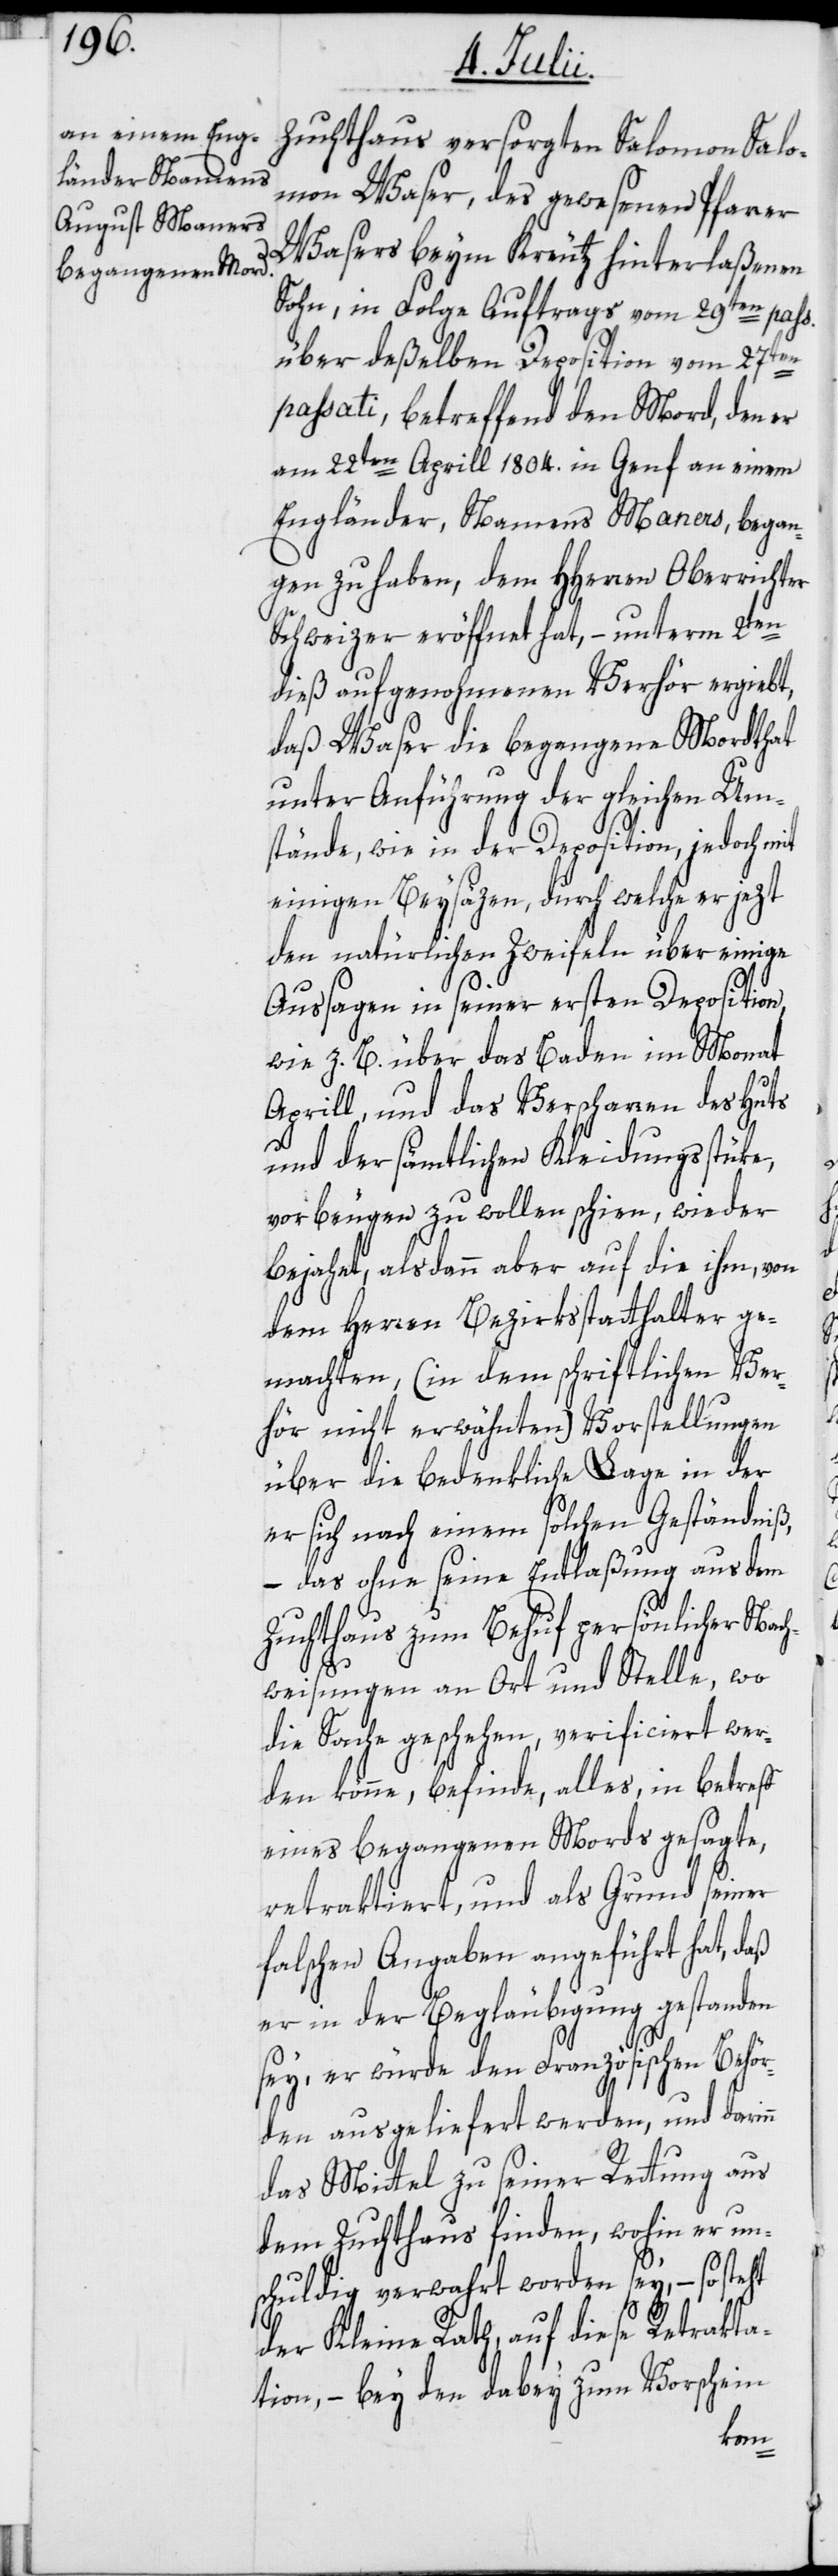
Zuchthaus versorgten Salomon Salo¬
Waser, des gewesenen Pfarrer
Wasers beym Kreutz hinterlaßenen
Sohn, in Folge Auftrags vom 29ten pass.
über deßelben Deposition vom 27ten
passati, betreffend den Mord, den er
am 22ten Aprill 1804. in Genf an einem
Engländer, Namens Maners, began¬
gen zu haben, dem HHerren Oberrichter
Schweizer eröffnet hat, – unterm 2ten
dieß aufgenohmenen Verhör ergiebt,
daß Waser die begangene Mordthat
unter Anführung der gleichen Um¬
stände, wie in der Deposition, jedoch mit
einigen Beysäzen, durch welche er jezt
den natürlichen Zweifeln über einige
Aussagen in seiner ersten Deposition,
wie z. B. über das Baden im Monat
Aprill, und das Verscharren des Huts
und der sämtlichen Kleidungsstüke,
vorbeugen zu wollen schien, wieder
bejahet, alsdann aber auf die ihm, von
dem Herren Bezirksstatthalter ge¬
machten, (in dem schriftlichen Ver¬
hör nicht erwähnten) Vorstellungen
über die bedenkliche Lage in der
er sich nach einem solchen Geständniß,
– das ohne seine Entlaßung aus dem
Zuchthaus zum Behuf persönlicher Nach¬
weisungen an Ort und Stelle, wo
die Sache geschehen, verificiert wer¬
den könne, befinde, alles, in betreff
eines begangenen Mords gesagte,
retraktiert, und als Grund seiner
falschen Angaben angeführt hat, daß
er in der Begläubigung gestanden
n
sey, er würde den Französischen Behör¬
den ausgeliefert werden, und darin¬
das Mittel zu seiner Rettung aus
dem Zuchthaus finden, wohin er un¬
schuldig verwahrt worden sey, – so steht
der Kleine Rath, auf diese Retrakta¬
tion, – bey den dabey zum Vorschein
mon